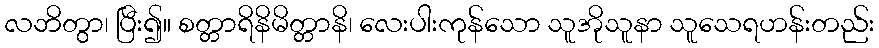
လဘိတွာ၊ ပြီး၍။ စတ္တာရိနိမိတ္တာနိ၊ လေးပါးကုန်သော သူအိုသူနာ သူသေရဟန်းတည်း